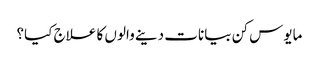
مایوس کن بیانات دینے والوں کا علاج کیا؟